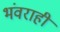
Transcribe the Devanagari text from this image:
भंवराही